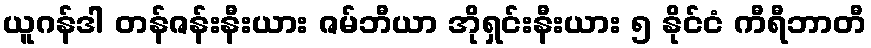
ယူဂန်ဒါ တန်ဇန်းနီးယား ဇမ်ဘီယာ အိုရှင်းနီးယား ၅ နိုင်ငံ ကီရီဘာတီ